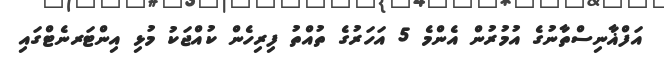
އަފްޣާނިސްތާނުގެ އުމުރުން އެންމެ 5 އަހަރުގެ ތުއްތު ފިރިހެން ކުއްޖަކު މުޅި އިންޓަރނެޓްގައި